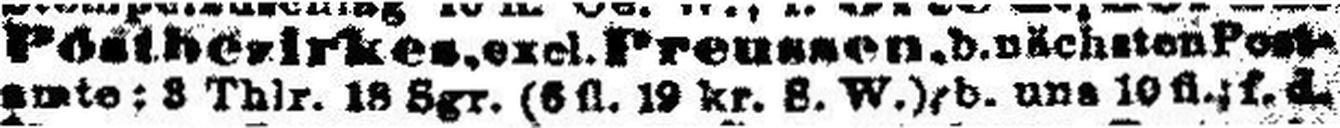
amte; 3 Thlr. 18 Sgr. (6 fl. 19 kr. 8. W.), b. uns 10 fl.; f.d.